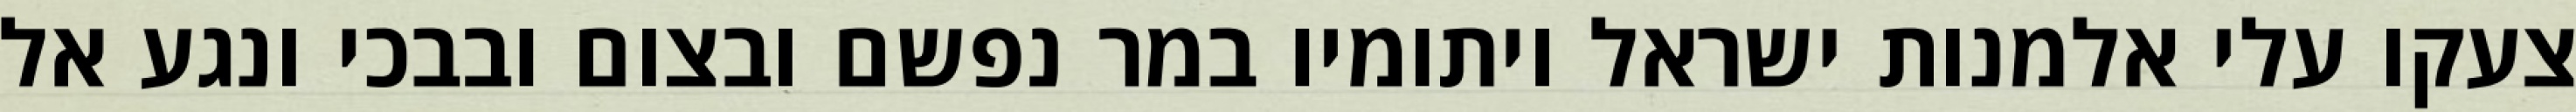
צעקו עלי אלמנות ישראל ויתומיו במר נפשם ובצום ובבכי ונגע אל